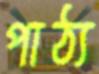
পাঠ্য